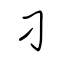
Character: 刁